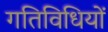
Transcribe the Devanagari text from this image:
गतिविधियों